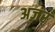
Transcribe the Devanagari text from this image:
अज़र्